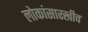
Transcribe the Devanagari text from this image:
लोकांसारखीच